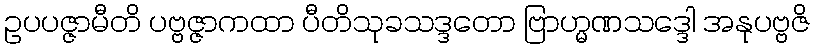
ဥပပဇ္ဇာမီတိ ပဗ္ဗဇ္ဇာကထာ ပီတိသုခသဒ္ဒတော ဗြာဟ္မဏသဒ္ဒေါ အနုပဗ္ဗဇိ